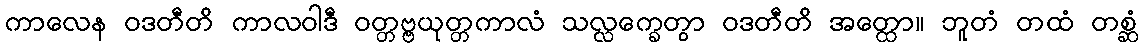
ကာလေန ဝဒတီတိ ကာလဝါဒီ ဝတ္တဗ္ဗယုတ္တကာလံ သလ္လက္ခေတွာ ဝဒတီတိ အတ္ထော။ ဘူတံ တထံ တစ္ဆံ